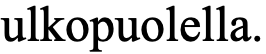
ulkopuolella.